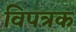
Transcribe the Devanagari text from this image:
विपत्रक